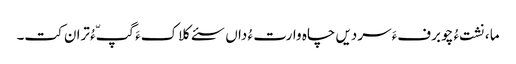
ما ،نشت ءُ چو برفءَ سردیں چاہ وارت ءُ داں سئے کلاکءَ گپّءُ تران کت۔